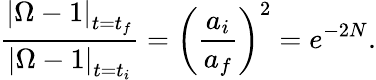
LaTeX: \frac{\left|\Omega-1\right|_{t=t_{f}}}{\left|\Omega-1\right|_{t=t_{i}}}=\left(\frac{a_{i}}{a_{f}}\right)^{2}=e^{-2N}.